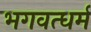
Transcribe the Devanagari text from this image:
भगवत्धर्म